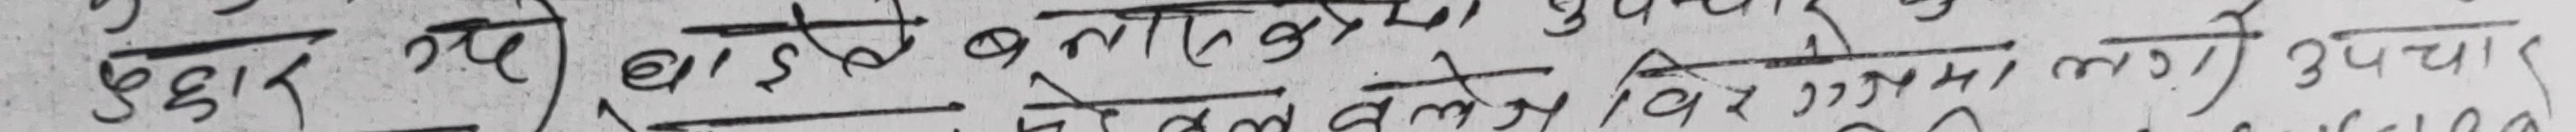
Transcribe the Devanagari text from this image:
उद्धार यहो भाई बलिदान चुका गये, जिनपर विरोधना लगाए उपचार